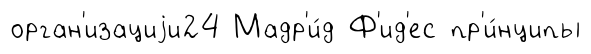
орган'изациjи24 Мадр'и́д Ф'ид'ес пр'и́нципы